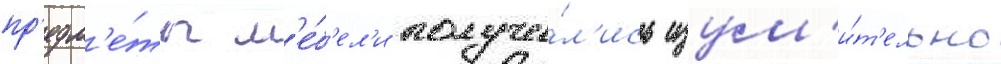
пр'едм'е́ты м'е́б'ел'и получи́л'ись изум'и́т'ельно